Civil Veterinary Department Bengal reports 1933-51 - 1933-1951
Year: 1933
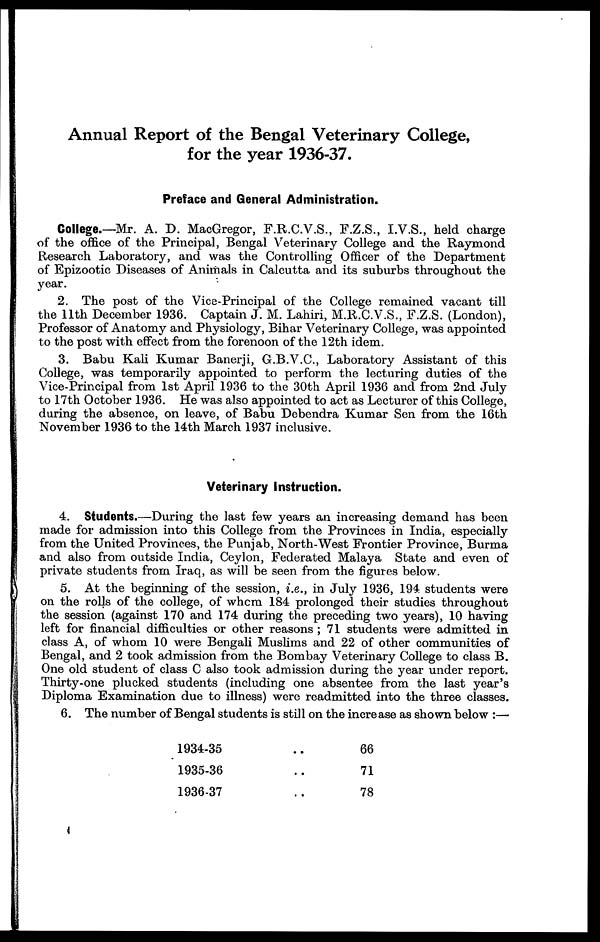
Annual Report of the Bengal Veterinary College,
for the year 1936-37.
Preface and General Administration.
College.—Mr. A. D. MacGregor, F.R.C.V.S., F.Z.S., I.V.S., held charge
of the office of the Principal, Bengal Veterinary College and the Raymond
Research Laboratory, and was the Controlling Officer of the Department
of Epizootic Diseases of Animals in Calcutta and its suburbs throughout the
year.
2. The post of the Vice-Principal of the College remained vacant till
the 11th December 1936. Captain J. M. Lahiri, M.R.C.V.S., F.Z.S. (London),
Professor of Anatomy and Physiology, Bihar Veterinary College, was appointed
to the post with effect from the forenoon of the 12th idem.
3. Babu Kali Kumar Banerji, G.B.V.C., Laboratory Assistant of this
College, was temporarily appointed to perform the lecturing duties of the
Vice-Principal from 1st April 1936 to the 30th April 1936 and from 2nd July
to 17th October 1936. He was also appointed to act as Lecturer of this College,
during the absence, on leave, of Babu Debendra Kumar Sen from the 16th
November 1936 to the 14th March 1937 inclusive.
Veterinary Instruction.
4. Students.—During the last few years an increasing demand has been
made for admission into this College from the Provinces in India, especially
from the United Provinces, the Punjab, North-West Frontier Province, Burma
and also from outside India, Ceylon, Federated Malaya State and even of
private students from Iraq, as will be seen from the figures below.
5. At the beginning of the session, i.e., in July 1936, 194 students were
on the rolls of the college, of whom 184 prolonged their studies throughout
the session (against 170 and 174 during the preceding two years), 10 having
left for financial difficulties or other reasons ; 71 students were admitted in
class A, of whom 10 were Bengali Muslims and 22 of other communities of
Bengal, and 2 took admission from the Bombay Veterinary College to class B.
One old student of class C also took admission during the year under report.
Thirty-one plucked students (including one absentee from the last year's
Diploma Examination due to illness) were readmitted into the three classes.
6. The number of Bengal students is still on the increase as shown below :—
1934-35 ..
1935-36 ..
1936-37 ..
66
71
78